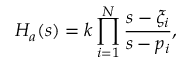
H _ { a } ( s ) = k \prod _ { i = 1 } ^ { N } { \frac { s - \xi _ { i } } { s - p _ { i } } } ,